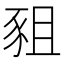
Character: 豠